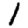
Digit: 1